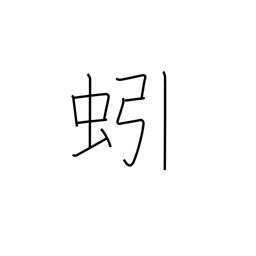
Meaning: earthworm